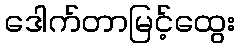
ဒေါက်တာမြင့်ထွေး